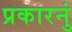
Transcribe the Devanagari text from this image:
प्रकारनुं